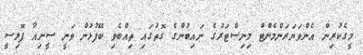
މީގެކުރިން އެންވަޔަރަންމެންޓް މިނިސްޓަރުގެ ނައިބުންގެ ގޮތުގައި ތިއްބެވި ބޭފުޅުން ވަނީ ސީނިއާ ޕޮލިސީ